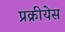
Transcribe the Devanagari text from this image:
प्रक्रीयेस